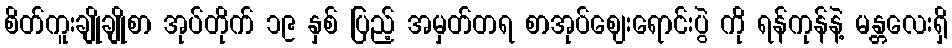
စိတ်ကူးချိုချိုစာ အုပ်တိုက် ၁၉ နှစ် ပြည့် အမှတ်တရ စာအုပ်ဈေးရောင်းပွဲ ကို ရန်ကုန်နဲ့ မန္တလေးရှိ